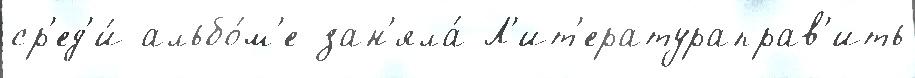
ср'ед'и́ альбо́м'е зан'яла́ Л'ит'ератураправ'ить